Sanitation, dispensaries and jails vaccination Rajputana 1922-1927 - 1922-1927
Year: 1922
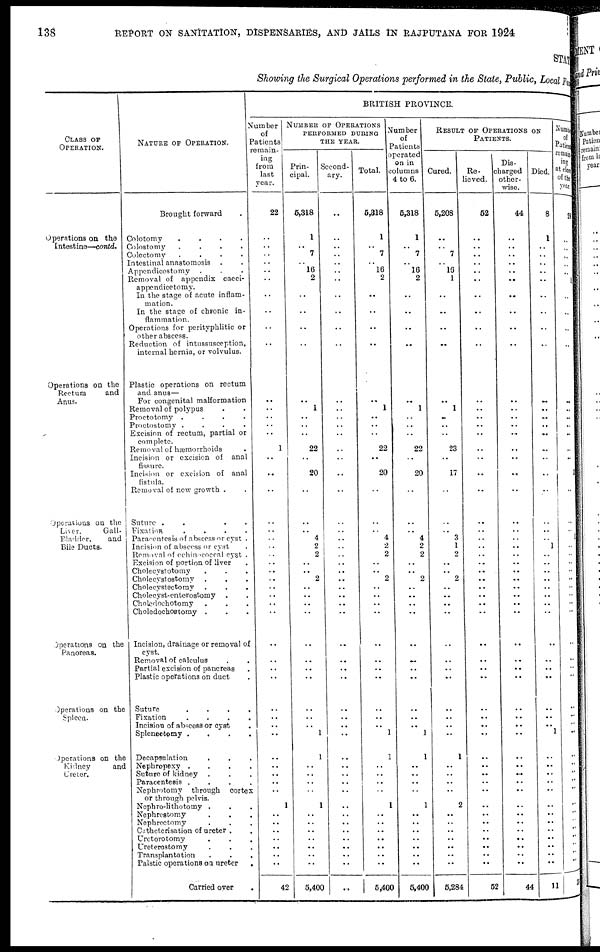
138
REPORT ON SANITATION, DISPENSARIES, AND JAILS IN RAJPUTANA FOR 1924
STATE
Showing the Surgical Operations performed in the State, Public, Local Fund
CLASS OF
OPERATION.
Operations on the
Intestine—contd.
Operations on the
Rectum
and
Anus.
Operations on the
Liver,
Gall¬
Bladder,
and
Bile Ducts.
Operations on the
Panoreas.
Operations on the
Spleen.
Operations on the
Kidney
and
Ureter.
NATURE OF OPERATION.
Brought forward .
Colotomy
....
Colostomy
....
Colectomy
....
Intestinal anastomosis ..
Appendicostomy ...
Removal of appendix caeci¬
appendicetomy.
In the stage of acute inflam-
mation.
In the stage of chronic in-
flammation.
Operations for perityphlitic or
other abscess.
Reduction of intussusception,
internal hernia, or volvulus.
Plastic operations on rectum
and anus—
For congenital malformation
Removal of polypus ..
Proctotomy
....
Proctostomy
....
Excision of rectum, partial or
complete.
Removal of hæmorrhoids .
Incision or excision of anal
fissure.
Incision or excision of anal
fistula.
Removal of new growth ..
Suture
....
Fixation
....
Paracentesis of abscess or cyst .
Incision of abscess or cyst .
Removal of echinococeal cyst .
Excision of portion of liver .
Cholecystotomy ...
Cholecystostomy ...
Cholecystectomy ...
Choleeyst-cnterostomy ..
Cholcdochotomy ...
Choledochostomy ...
Incision, drainage or removal of
cyst.
Removal of calculus ..
Partial excision of pancreas .
Plastic operations on duct .
Suture
....
Fixation
....
Incision of abscess or cyst .
Splenectomy
....
Decapsulation ...
Nephropexy
....
Suture of kidney ...
Paracentesis
....
Nephrotomy through cortex
or through pelvis.
Nephro-lithotomy ...
Nephrostomy ...
Nephrectomy ...
Catheterisation of ureter ..
Uretorotomy
...
Ureterostomy ...
Transplantation ...
Palstic operations on ureter
.
Carried over .
BRITISH PROVINCE.
Number
of
Patients
remain¬
ing
from
last
year.
22
..
..
..
..
..
..
..
..
..
..
..
..
..
..
..
1
..
..
..
..
..
..
..
..
..
..
..
..
..
..
..
..
..
..
..
..
..
..
..
..
..
..
..
..
1
..
..
..
..
..
..
..
42
NUMBER OF OPERATIONS
PERFORMED DURING
THE YEAR.
Prin-
cipal.
5,318
1
..
7
..
16
2
..
..
..
..
..
1
..
..
..
22
..
20
..
..
..
4
2
2
..
..
2
..
..
..
..
..
..
..
..
..
..
..
1
1
..
..
..
..
1
..
..
..
..
..
..
..
5,400
Second-
ary.
..
..
..
..
..
..
..
..
..
..
..
..
..
..
..
..
..
..
..
..
..
..
..
..
..
..
..
..
..
..
..
..
..
..
..
..
..
..
..
..
..
..
..
..
..
..
..
..
..
..
..
..
..
...
Total.
5,318
1
..
7
..
16
2
..
..
..
..
..
1
..
..
..
22
..
20
..
..
..
4
2
2
..
..
2
..
..
..
..
..
..
..
..
..
..
..
1
1
..
..
..
..
1
..
..
..
..
..
..
..
5,400
Number
of
Patients
operated
on in
columns
4 to 6.
5,318
1
..
7
..
16
2
..
..
..
..
..
1
..
..
..
22
..
20
..
..
..
4
2
2
..
..
2
..
..
..
..
..
..
..
..
..
..
..
1
1
..
..
..
..
1
..
..
..
..
..
..
..
5,400
RESULT OF OPERATIONS ON
PATIENTS.
Cured.
5,208
..
.. 7
..
16
1
..
..
..
..
..
1
..
..
..
23
..
17
..
..
..
3
1
2
..
..
2
..
..
..
..
..
..
..
..
..
..
..
..
1
..
..
..
..
2
..
..
..
..
..
..
..
5,284
Re¬
lieved.
52
..
..
..
..
..
..
..
..
..
..
..
..
..
.. ..
..
..
..
..
..
..
..
..
..
..
..
..
..
..
..
..
..
..
..
..
..
..
..
..
..
..
..
..
..
..
..
..
..
..
..
..
..
52
Dis¬
charged
other-
wise.
44
..
..
..
..
..
..
..
..
..
..
..
..
..
..
..
..
..
..
..
..
..
..
..
..
..
..
..
..
..
..
..
..
..
..
..
..
..
..
..
..
..
..
..
..
..
..
..
..
..
..
..
..
44
Died.
8
1
..
..
..
..
..
..
..
..
..
..
..
..
..
..
..
..
..
..
..
..
..
1
..
..
..
..
..
..
..
..
..
..
..
..
..
..
..
1
..
..
..
..
..
..
..
..
..
..
..
..
..
11
Number
of
Patients
remain¬
ing
at close
of the
year.
28
..
..
..
..
..
1
..
..
..
..
..
..
..
..
..
..
..
3
..
..
..
1
..
..
..
..
..
..
..
..
..
..
..
..
..
..
..
..
..
..
..
..
..
..
..
..
..
..
..
..
..
..
33